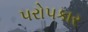
૫રો૫કાર